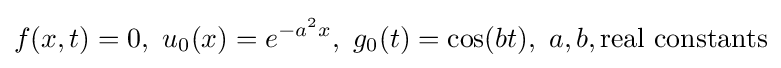
f(x,t)=0,\ u_{0}(x)=e^{-a^{2}x},\ g_{0}(t)=\cos(bt),\ a,b,{\text{real constants}}